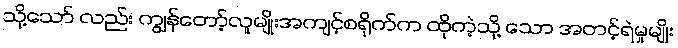
သို့သော် လည်း ကျွန်တော့်လူမျိုးအကျင့်စရိုက်က ထိုကဲ့သို့ သော အတင့်ရဲမှုမျိုး